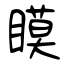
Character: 瞙